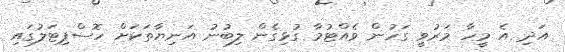
އަދި އެ މީހާ މަރުވީ ގަހުން ވެއްޓުމާ ގުޅިގެން ލިބުނު އަނިޔާތަކަށް ހޮސްޕިޓަލުގައި